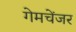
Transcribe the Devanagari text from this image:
गेमचेंजर